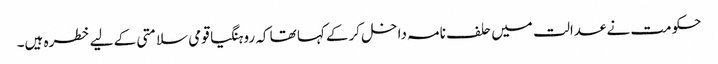
حکومت نے عدالت میں حلف نامہ داخل کرکے کہا تھا کہ روہنگیا قومی سلامتی کے لیے خطرہ ہیں۔